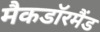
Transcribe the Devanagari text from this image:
मैकडाॅरमैंड